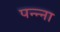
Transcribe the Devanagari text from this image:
पन्‍न्‍ना